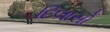
દિલાસો